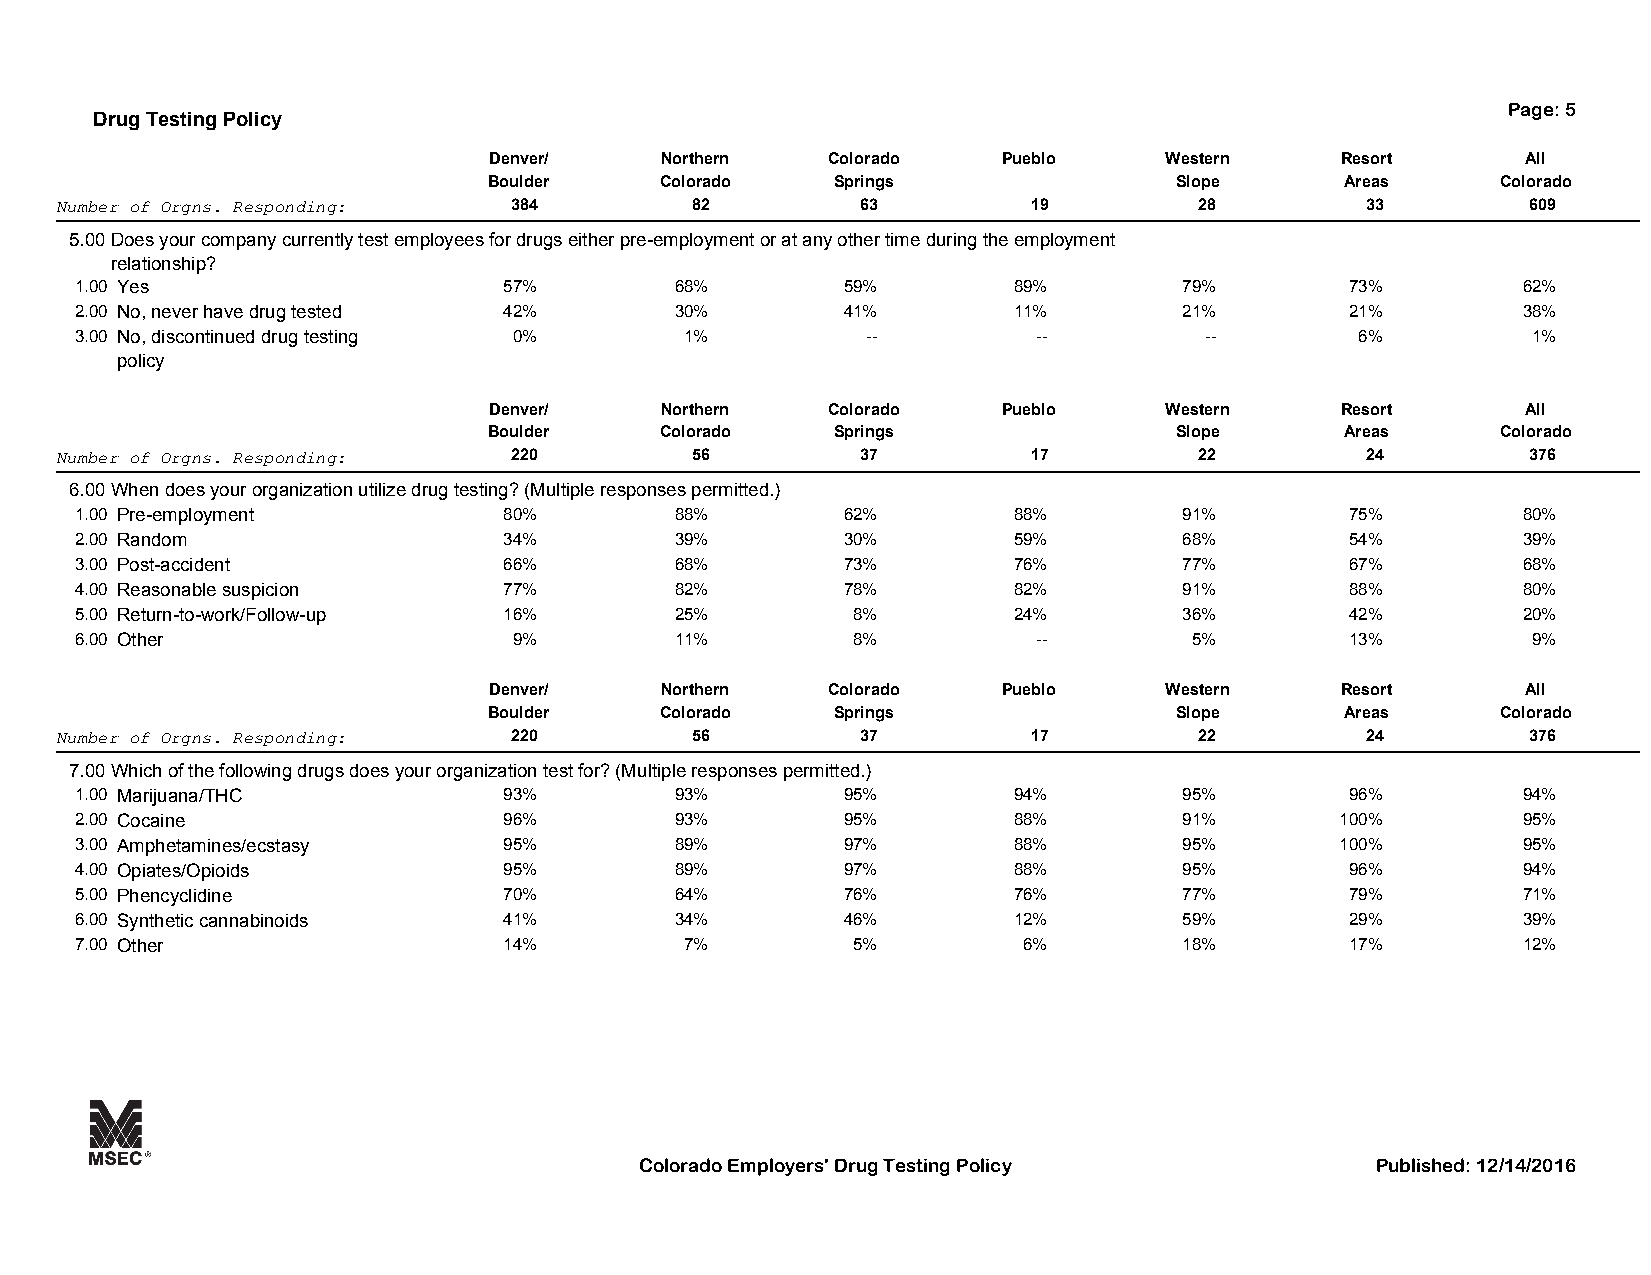
Page: 5
 Drug Testing Policy
 Denver/     Northern   Colorado   Pueblo     Western     Resort      All
 Boulder     Colorado   Springs                Slope      Areas     Colorado
 Number of Orgns. Responding:  384         82         63         19         28         33         609
 5.00Does your company currently test employees for drugs either pre-employment or at any other time during the employment
 relationship?
 1.00 Yes                    57%         68%        59%        89%        79%        73%         62%
 2.00 No, never have drug tested 42%     30%        41%        11%        21%        21%         38%
 3.00 No, discontinued drug testing 0%   1%          --          --         --        6%         1%
 policy
 Denver/     Northern   Colorado   Pueblo     Western     Resort      All
 Boulder     Colorado   Springs                Slope      Areas     Colorado
 Number of Orgns. Responding:  220         56         37         17         22         24         376
 6.00When does your organization utilize drug testing? (Multiple responses permitted.)
 1.00 Pre-employment         80%         88%        62%        88%        91%        75%         80%
 2.00 Random                 34%         39%        30%        59%        68%        54%         39%
 3.00 Post-accident          66%         68%        73%        76%        77%        67%         68%
 4.00 Reasonable suspicion   77%         82%        78%        82%        91%        88%         80%
 5.00 Return-to-work/Follow-up 16%       25%        8%         24%        36%        42%         20%
 6.00 Other                   9%         11%        8%           --        5%        13%         9%
 Denver/     Northern   Colorado   Pueblo     Western     Resort      All
 Boulder     Colorado   Springs                Slope      Areas     Colorado
 Number of Orgns. Responding:  220         56         37         17         22         24         376
 7.00Which of the following drugs does your organization test for? (Multiple responses permitted.)
 1.00 Marijuana/THC          93%         93%        95%        94%        95%        96%         94%
 2.00 Cocaine                96%         93%        95%        88%        91%        100%        95%
 3.00 Amphetamines/ecstasy   95%         89%        97%        88%        95%        100%        95%
 4.00 Opiates/Opioids        95%         89%        97%        88%        95%        96%         94%
 5.00 Phencyclidine          70%         64%        76%        76%        77%        79%         71%
 6.00 Synthetic cannabinoids 41%         34%        46%        12%        59%        29%         39%
 7.00 Other                  14%         7%         5%          6%        18%        17%         12%
 Colorado Employers' Drug Testing Policy          Published: 12/14/2016